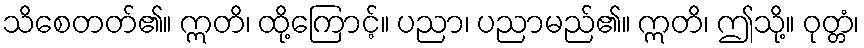
သိစေတတ်၏။ ဣတိ၊ ထို့ကြောင့်။ ပညာ၊ ပညာမည်၏။ ဣတိ၊ ဤသို့။ ဝုတ္တံ၊